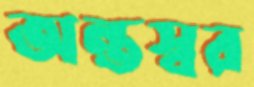
অন্তস্বর